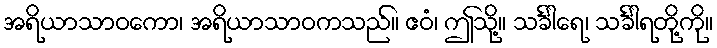
အရိယာသာဝကော၊ အရိယာသာဝကသည်။ ဧဝံ၊ ဤသို့။ သင်္ခါရေ၊ သင်္ခါရတို့ကို။